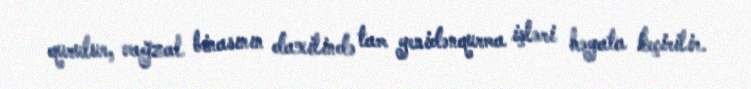
qurulur, vağzal binasının daxilində tam yenidənqurma işləri həyata keçirilir.